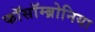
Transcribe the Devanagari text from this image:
फॉसॉम्ब्रोनिया